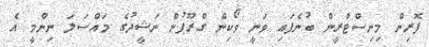
ފޮރިން މިނިސްޓްރީން ބުނެފައި ވަނީ ވޯކިން ގްރޫޕުން ނަޝީދުގެ މައްސަލަ ނިންމީ އެ